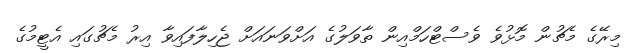
މިރޭގެ މެޗުން މޮޅުވެ ވެސްޓްހަމްއިން ތާވަލުގެ އަށްވަނައަށް ޖެހިލާފައިވާ އިރު މެޗުގައި އެޓީމުގެ